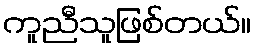
ကူညီသူဖြစ်တယ်။